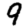
Digit: 9